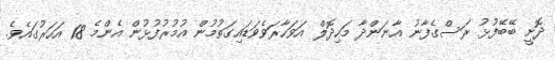
ދޮށީ ބޭބޭފުޅު ރަސްގެފާނު އާނަންދާ މަހިދޮލް އަވަހާރަވެވަޑައިގަތުމުން އުމުރުފުޅުން އެންމެ 18 އަހަރުގައެވެ.